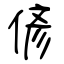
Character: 偐